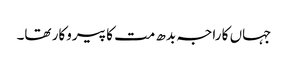
جہاں کا راجہ بدھ مت کا پیروکار تھا۔